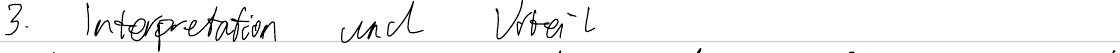
3. Interpretation und Urteil